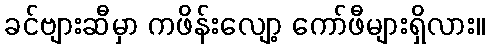
ခင်ဗျားဆီမှာ ကဖိန်းလျော့ ကော်ဖီများရှိလား။